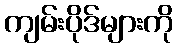
ကျမ်းပိုဒ်များကို